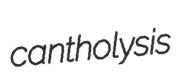
cantholysis